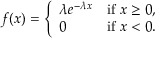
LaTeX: f ( x ) = { \left\{ \begin{array} { l l } { \lambda e ^ { - \lambda x } } & { { \mathrm { i f ~ } } x \geq 0 , } \\ { 0 } & { { \mathrm { i f ~ } } x < 0 . } \end{array} \right. }